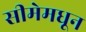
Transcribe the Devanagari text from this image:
सीमेमधून